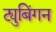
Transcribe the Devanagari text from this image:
ट्युबिंगन